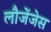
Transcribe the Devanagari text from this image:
लौजेंजेस